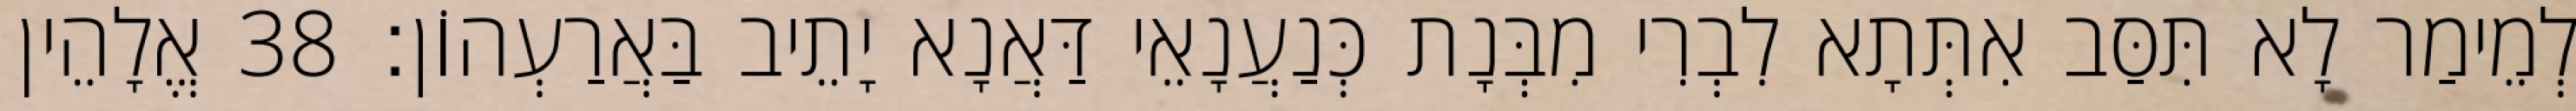
לְמֵימַר לָא תִּסַּב אִתְּתָא לִבְרִי מִבְּנָת כְּנַעֲנָאֵי דַּאֲנָא יָתֵיב בַּאֲרַעְהוֹן׃ 38 אֱלָהֵין